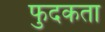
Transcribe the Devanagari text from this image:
फुदकता